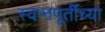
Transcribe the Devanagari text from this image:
स्वप्नपूर्तीच्या